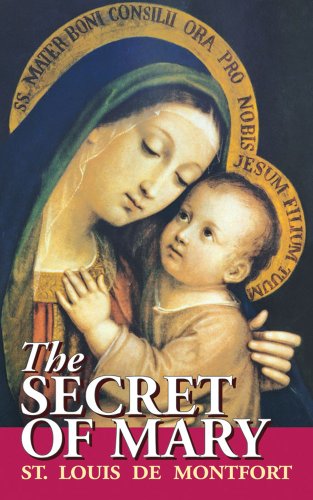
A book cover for The Secret of Mary; St. Louis de Montfort; Christian Books & Bibles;